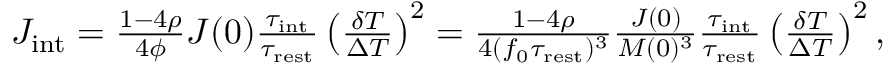
\begin{array} { r } { J _ { \mathrm { i n t } } = \frac { 1 - 4 \rho } { 4 \phi } J ( 0 ) \frac { \tau _ { \mathrm { i n t } } } { \tau _ { \mathrm { r e s t } } } \left( \frac { \delta T } { \Delta T } \right) ^ { 2 } = \frac { 1 - 4 \rho } { 4 ( f _ { 0 } \tau _ { \mathrm { r e s t } } ) ^ { 3 } } \frac { J ( 0 ) } { M ( 0 ) ^ { 3 } } \frac { \tau _ { \mathrm { i n t } } } { \tau _ { \mathrm { r e s t } } } \left( \frac { \delta T } { \Delta T } \right) ^ { 2 } , } \end{array}